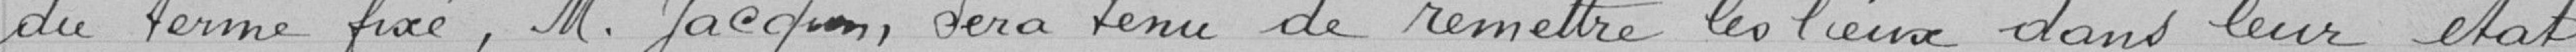
du terme fixé, Monsieur JACQUIN sera tenu de remettre les lieux dans leur état